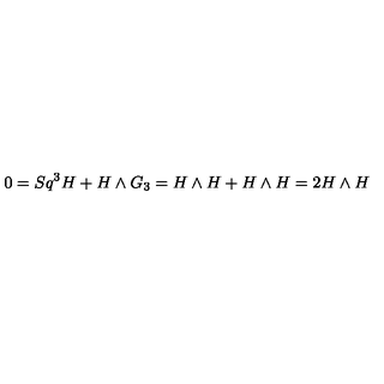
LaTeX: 0 = S q ^ { 3 } H + H \wedge G _ { 3 } = H \wedge H + H \wedge H = 2 H \wedge H